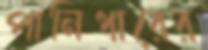
পানিধারের